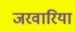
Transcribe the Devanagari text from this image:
जरवारिया